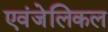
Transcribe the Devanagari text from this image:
एवंजेलिकल